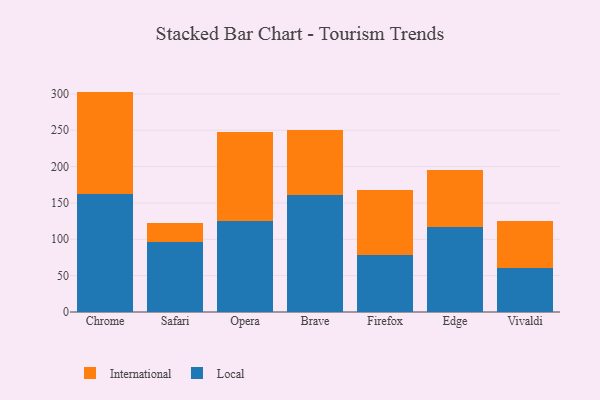
{"axis": {"x": "Browser", "y": "Satisfaction Score"}, "legend": ["International", "Local"], "data": [{"x": "Chrome", "y": 162.7, "type": "Local"}, {"x": "Chrome", "y": 140.4, "type": "International"}, {"x": "Safari", "y": 95.8, "type": "Local"}, {"x": "Safari", "y": 26.5, "type": "International"}, {"x": "Opera", "y": 124.8, "type": "Local"}, {"x": "Opera", "y": 123.1, "type": "International"}, {"x": "Brave", "y": 160.4, "type": "Local"}, {"x": "Brave", "y": 90.3, "type": "International"}, {"x": "Firefox", "y": 77.9, "type": "Local"}, {"x": "Firefox", "y": 90.0, "type": "International"}, {"x": "Edge", "y": 116.7, "type": "Local"}, {"x": "Edge", "y": 78.5, "type": "International"}, {"x": "Vivaldi", "y": 59.9, "type": "Local"}, {"x": "Vivaldi", "y": 64.7, "type": "International"}]}